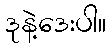
ဒုနဲ့ဒေးပါ။